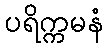
ပရိက္ကမနံ